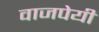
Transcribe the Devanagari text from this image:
वाजपेयीं